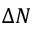
\Delta N